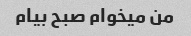
من میخوام صبح بیام